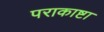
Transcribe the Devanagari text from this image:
पराकाष्टा